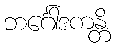
ဘင်္ဂေါဒကန္တိ